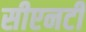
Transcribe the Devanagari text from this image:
सीएनटी